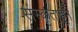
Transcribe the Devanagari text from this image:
संस्कृताहून